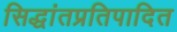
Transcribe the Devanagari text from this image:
सिद्धांतप्रतिपादित